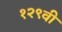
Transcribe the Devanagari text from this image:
१२९वी